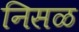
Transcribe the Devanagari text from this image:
निसळ